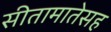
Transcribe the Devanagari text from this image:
सीतामातेसह